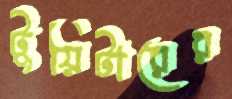
টুয়িটারের